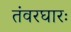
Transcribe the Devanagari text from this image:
तंवरघारः